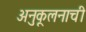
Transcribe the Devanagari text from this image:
अनुकूलनाची